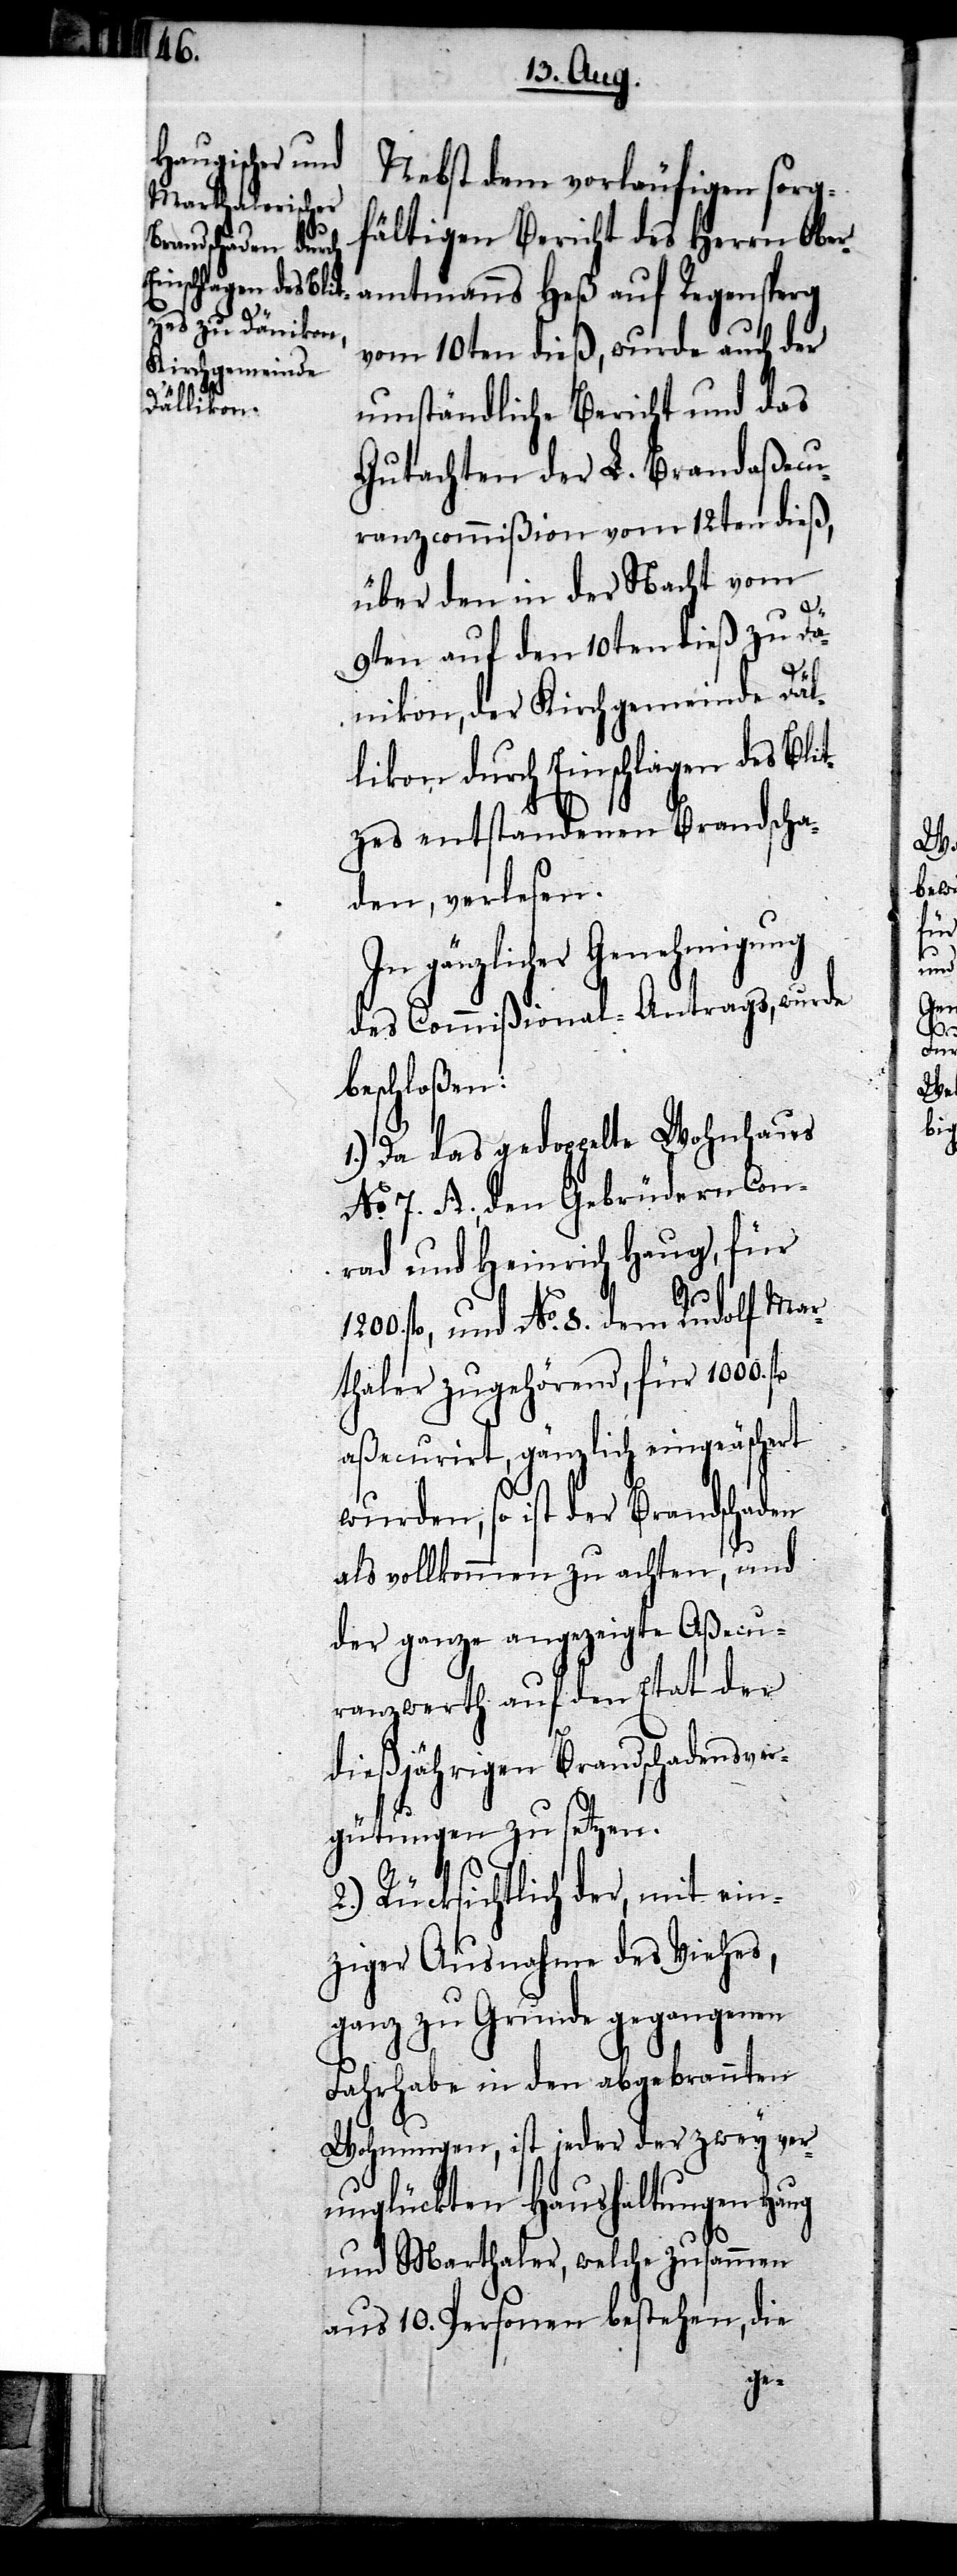
Nebst dem vorläufigen sorg¬
fältigen Bericht des Herrn Ober¬
amtmanns Heß auf Regensperg
vom 10ten dieß, wurde auch der
umständliche Bericht und das
Gutachten der L. Brandaßecu¬
ranzcommißion vom 12ten dieß,
über den in der Nacht vom
9ten auf den 10ten dieß zu Dä¬
nikon, der Kirchgemeinde Däl¬
likon durch Einschlagen des Blit¬
zes entstandenen Brandscha¬
den, verlesen.
In gänzlicher Genehmigung
des Commißional-Antrags, wurde
beschloßen:
1.) Da das gedoppelte Wohnhaus
No. 7. A., den Gebrüdern Con¬
rad und Heinrich Haug, für
fl, und No. 8. dem Rudolf Mar¬
thaler zugehörend, für 1000.
aßecurirt, gänzlich eingeäschert
wurden, so ist der Brandschaden
als vollkommen zu achten, und
der ganze angezeigte Aßecu¬
ranzwerth auf den Etat der
dießjährigen Brandschadensver¬
gütungen zu setzen.
2.) Rücksichtlich der, mit ein¬
ziger Ausnahme des Viehes,
ganz zu Grunde gegangenen
Fahrhabe in den abgebrannten
Wohnungen, ist jeder der zwey ver¬
unglückten Haushaltungen Haug
und Marthaler, welche zusammen
aus 10. Personen bestehen, die